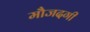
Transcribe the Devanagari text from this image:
मौजदगी